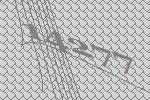
14277